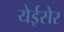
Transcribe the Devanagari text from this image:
येईसेर